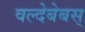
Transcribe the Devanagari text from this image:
वल्देबेबस्